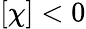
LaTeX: [\chi]<0